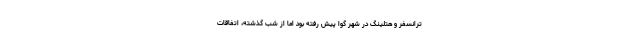
ترانسفر و هتلینگ در شهر گوا پیش رفته بود اما از شب گذشته، اتفاقات